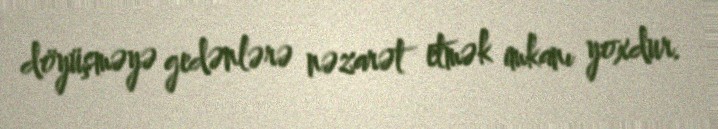
döyüşməyə gedənlərə nəzarət etmək imkanı yoxdur.